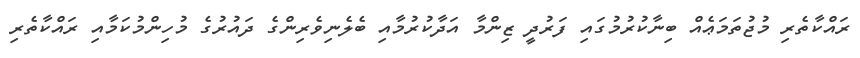
ރައްކާތެރި މުޖުތަމަޢެއް ބިނާކުރުމުގައި ފަރުދީ ޒިންމާ އަދާކުރުމާއި ބެލެނިވެރިންގެ ދައުރުގެ މުހިންމުކަމާއި ރައްކާތެރި